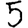
Digit: 5